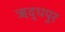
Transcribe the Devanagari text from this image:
ऋद्धपुर